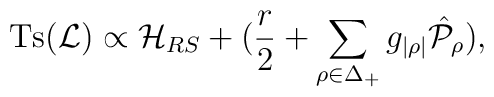
\mbox{Ts}({\cal L})\propto {\cal H}_{RS}+({r\over2}+\sum_{\rho\in\Delta_+}g_{|\rho|}\hat{\cal P}_\rho),